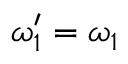
\omega _ { 1 } ^ { \prime } = \omega _ { 1 }